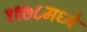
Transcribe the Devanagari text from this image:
११७८मध्ये